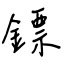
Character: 鏢